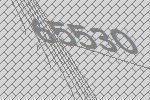
65530